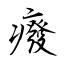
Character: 癈